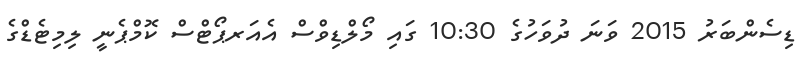
ޑިސެންބަރު 2015 ވަނަ ދުވަހުގެ 10:30 ގައި މޯލްޑިވްސް އެއަރޕޯޓްސް ކޮމްޕެނީ ލިމިޓެޑްގެ